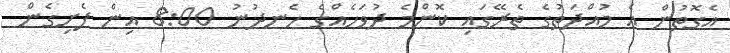
އެގޮތުން އެ މުއްދަތުގެ ތެރޭގައި ކޮންމެ ދުވަހެއްގެ ހެނދުނު 8:00 އިން ފެށިގެން